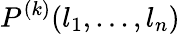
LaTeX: P^{(k)}(l_{1},...,l_{n})